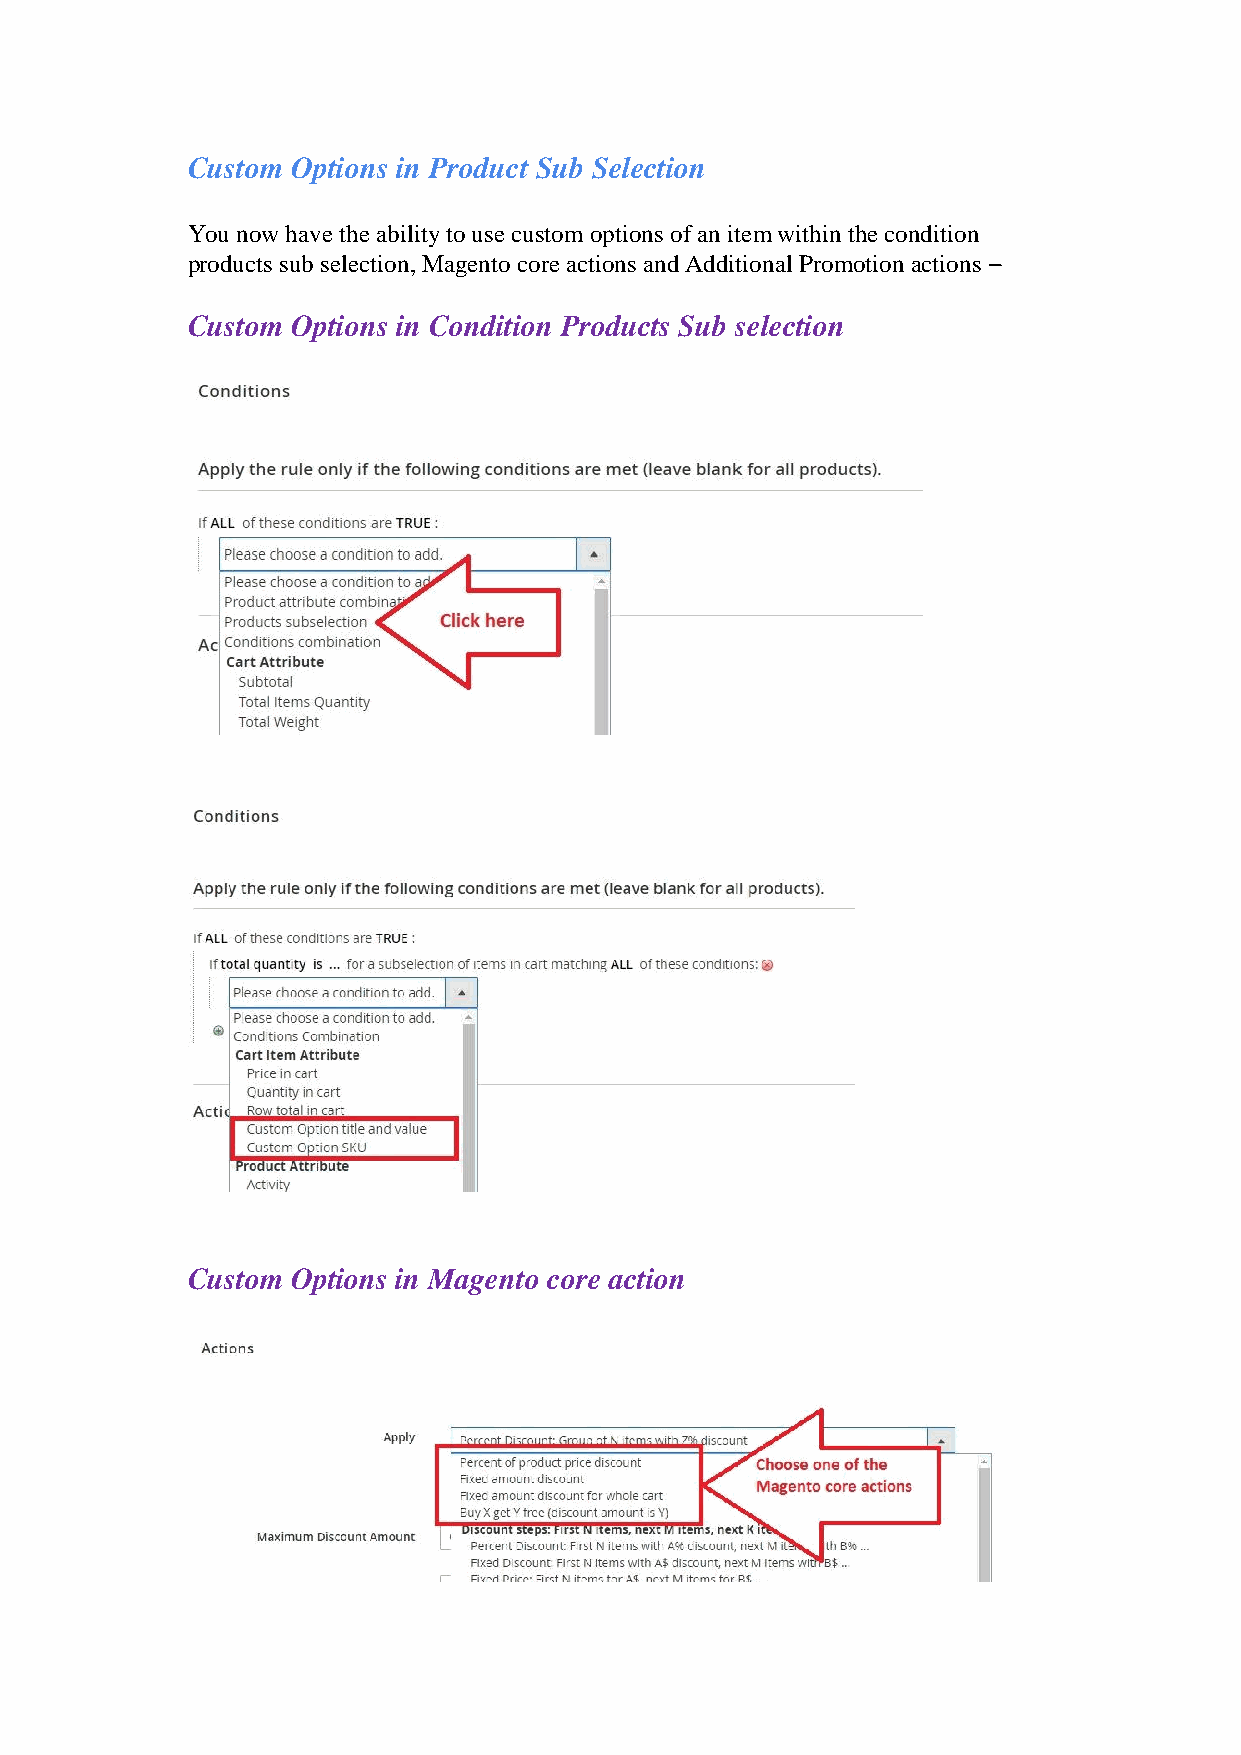
Custom Options in Product Sub Selection
 You now have the ability to use custom options of an item within the condition
 products sub selection, Magento core actions and Additional Promotion actions –
 Custom Options in Condition Products Sub selection
 Custom Options in Magento core action